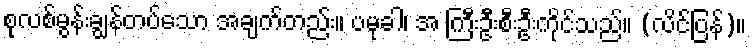
စုလစ်မွန်းချွန်တပ်သော အချက်တည်း။ ပမုခါ၊ အ ကြီးဦးစီးဦးကိုင်သည်။ (လိင်ပြန်)။